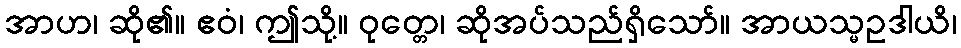
အာဟ၊ ဆို၏။ ဧဝံ၊ ဤသို့။ ဝုတ္တေ၊ ဆိုအပ်သည်ရှိသော်။ အာယသ္မဥဒါယိ၊